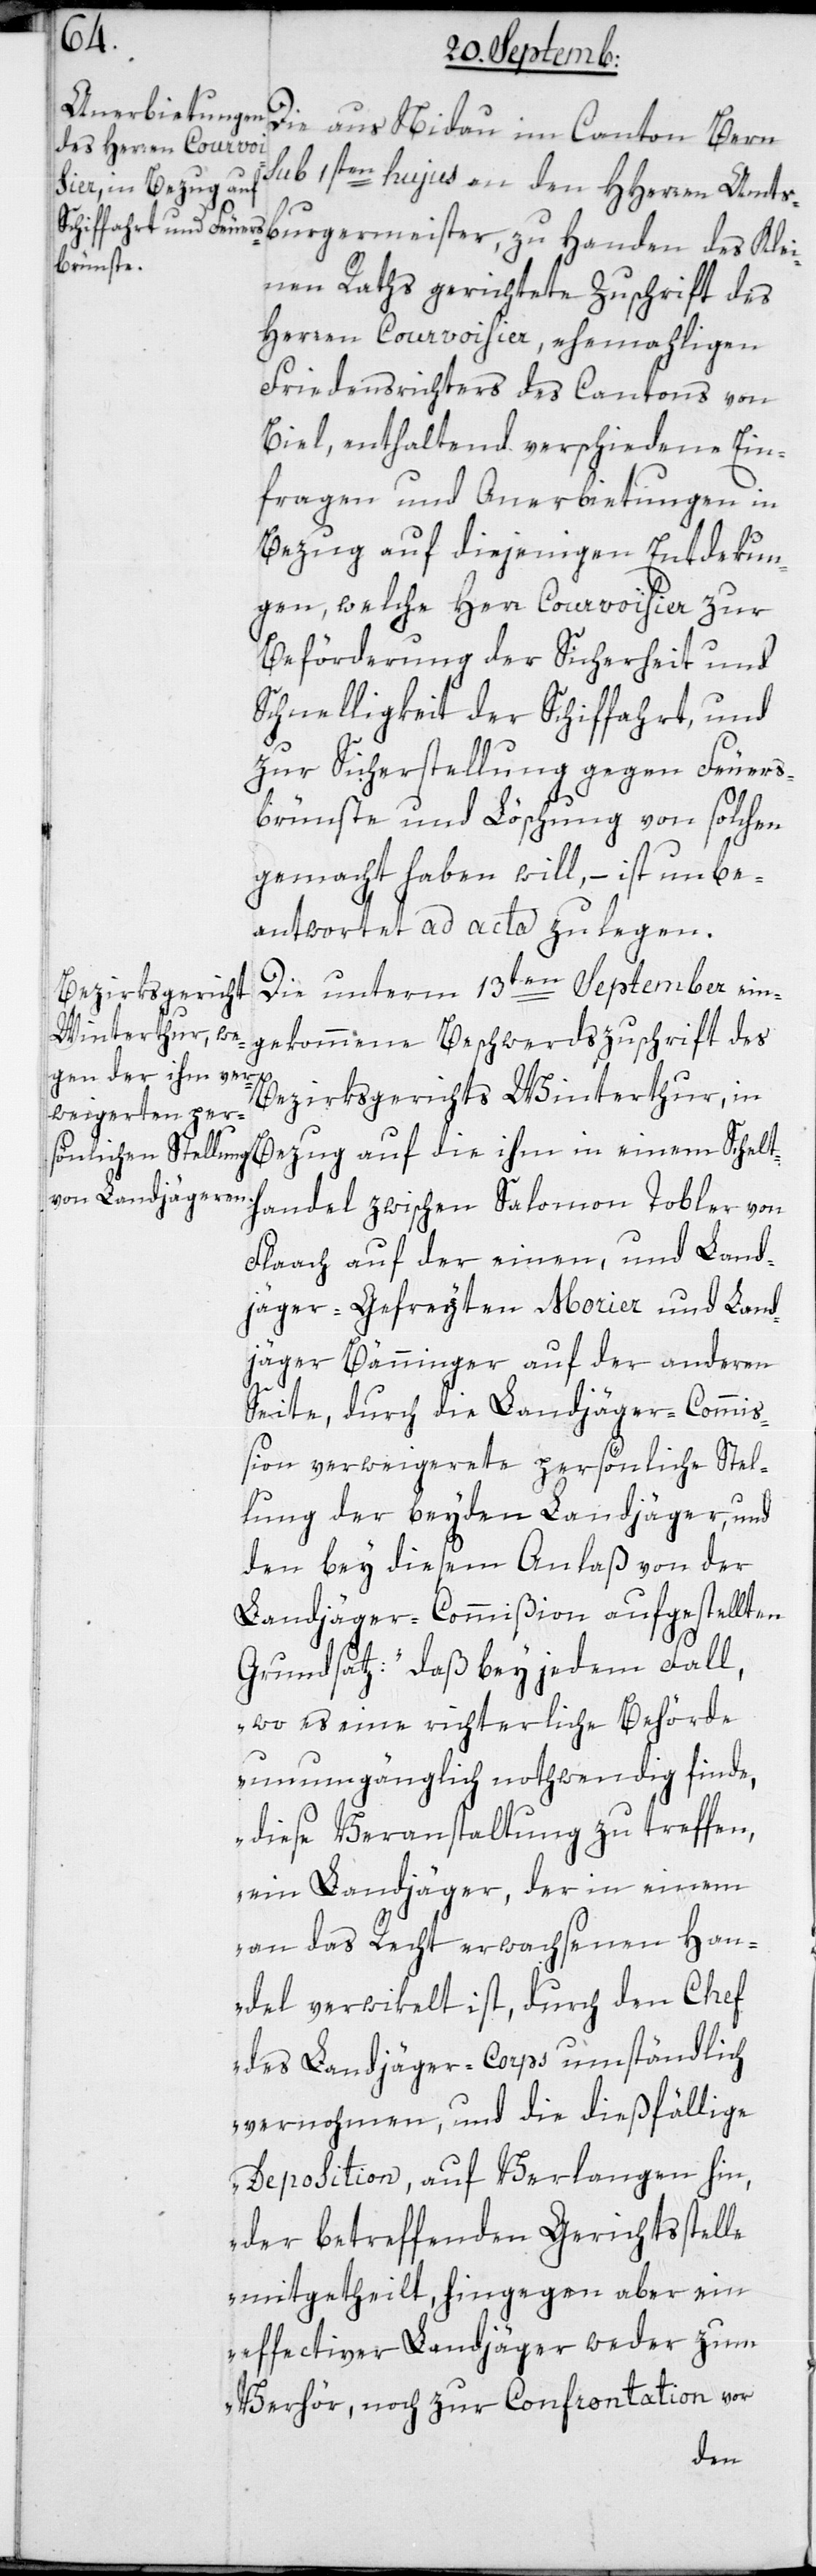
Die aus Nidau im Canton Bern
sub 1sten hujus an den HHerren Amts¬
burgermeister zu Handen des Klei¬
nen Raths gerichtete Zuschrift des
Herren Courvoisier, ehemaligen
Friedensrichters des Cantons von
Biel, enthaltend verschiedene Ein¬
fragen und Anerbietungen in
Bezug auf diejenigen Entdekun¬
gen, welche Herr Courvoisier zur
Beförderung der Sicherheit und
Schnelligkeit der Schiffahrt und
zur Sicherstellung gegen Feuers¬
brünste und Löschung von solchen
gemacht haben will, – ist unbe¬
antwortet ad acta zu legen.
Die unterm 13ten September ein¬
gekommene Beschwerdszuschrift des
Bezirksgerichts Winterthur, in
Bezug auf die ihm in einem Schelt¬
handel zwischen Salomon Tobler von
Flaach auf der einen, und Land¬
jäger-Gefreyten Morier und Land¬
jäger Bänninger auf der anderen
Seite, durch die Landjäger-Commiß¬
ion verweigerte persönliche Stel¬
lung der beyden Landjäger, und
den bey diesem Anlaß von der
Landjäger-Commißion aufgestellten
Grundsatz: „Daß bey jedem Fall,
wo es eine richterliche Behörde
unumgänglich nothwendig finde,
diese Veranstaltung zu treffen,
ein Landjäger, der in einem
an das Recht erwachsenen Han¬
del verwikelt ist, durch den Chef
des Landjäger-Corps umständlich
vernohmen, und die dießfällige
Deposition, auf Verlangen hin,
der betreffenden Gerichtsstelle
mitgetheilt, hingegen aber ein
effectiver Landjäger weder zum
Verhör noch zur Confrontation vor